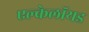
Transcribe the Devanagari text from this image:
एल्केलॉयड